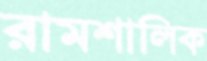
রামশালিক